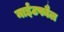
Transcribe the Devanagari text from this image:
नाईटफौल